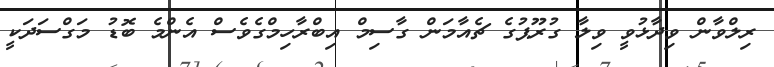
ރިލްވާން ވިދާޅުވީ ވިލާ ގުރޫޕުގެ ޗެއާމަން ގާސިމް އިބްރާހިމްގެވެސް އެންމެ ބޮޑު މަގްސަދަކީ